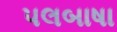
પલબાષા